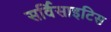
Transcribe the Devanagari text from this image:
सर्विसाइटिस